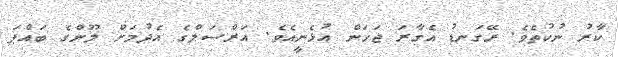
ކާރު ނުކުތެވެ. ރޭގަނޑު އެގާރަ ޖަހަން އުޅެނީއެވެ. އަރްސަލްގެ އެދުމަށް ލޫންގެ ބައްޕަ